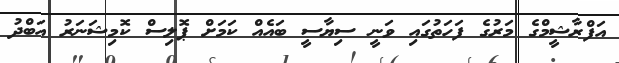
އަފްރާޝީމްގެ މަރުގެ ފަހަތުގައި ވަނީ ސިޔާސީ ބައެއް ކަމަށް ޕޮލިސް ކޮމިޝަނަރު އަބްދު